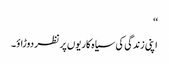
‘‘
اپنی زندگی کی سیاہ کاریوں پر نظر دوڑاؤ۔